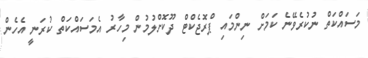
މަސައްކަތް ނުކުރެވޭނެ ކަމަށް ނިންމައި ޕްރޮޖެކްޓް ދޫކޮށްލުމުން މިހާރު އެމަސައްކަތް ކުރަނީ އެހެން